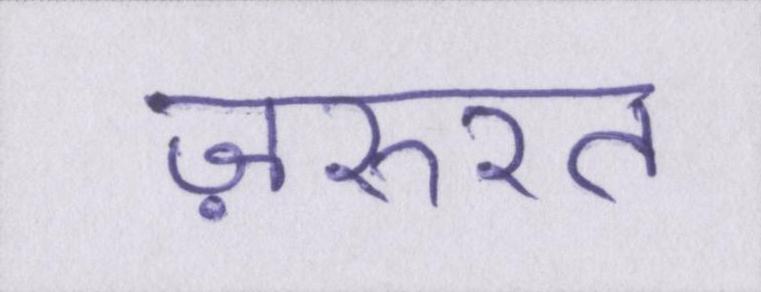
ज़रुरत